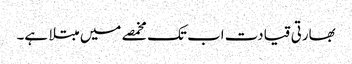
بھارتی قیادت اب تک مخمصے میں مبتلا ہے۔